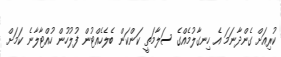
ކުރިއަށް ގެންދާނަމަ އެ ހިނގާލުމެއްގެ ސަލާމަތީ ކަންކަން ބެލެހެއްޓުން ފުލުހުން ހުއްޓާލާނެ ކަމަށް